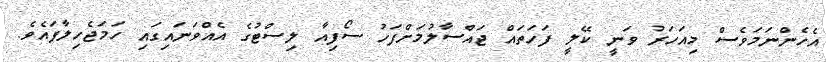
އެހެންނަމަވެސް މިއަހަރު ވަނީ ކޭލީ ފަހަތައް ޖައްސާލުމަށްފަހު ސޯފިއާ ލިސްޓުގެ އެއްވަނައިގައި ހަމަޖެހިލާފައެވެ.